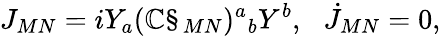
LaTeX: J_{MN}=iY_{a}(\mathbb{C}\S_{MN})^{a}{}_{b}Y^{b},\: \: \: \dot{{J}}_{MN}=0,